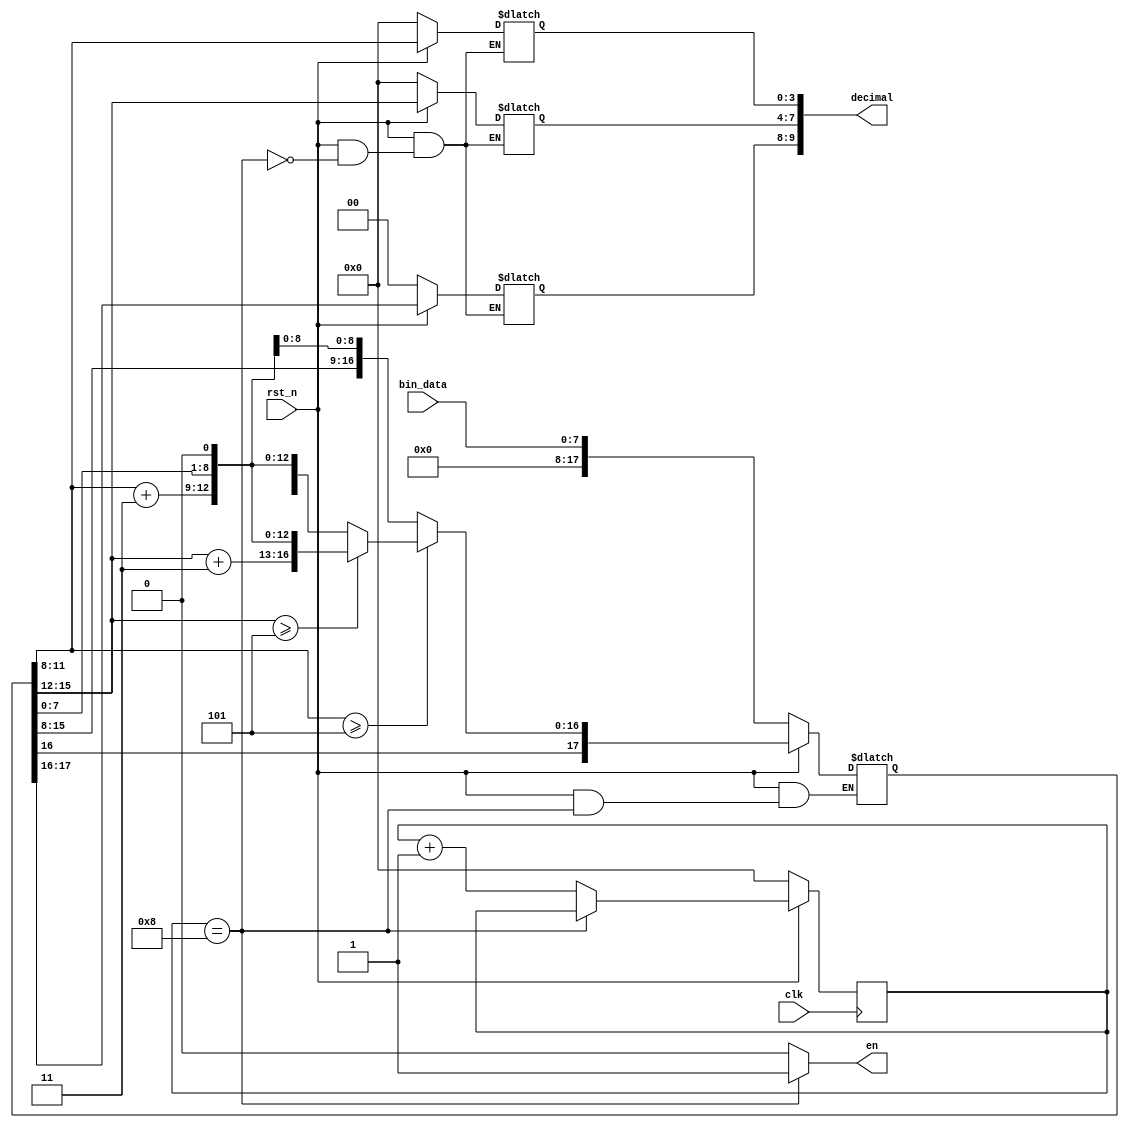
module B_to_D(
    input clk,
    input rst_n,
    input [7:0]bin_data,
    output [9:0]decimal,
    output en
);
//
reg [17:0] shift_reg;
//
reg [3:0] one_reg;
reg [3:0] ten_reg;
reg [1:0] hun_reg;
reg [3:0] count;
//
always @(posedge clk)begin
    if(~rst_n)begin
        count <= 0;
    end
    else if(count == 4'd8) begin
        count <= count;
    end
    else begin
        count <= count + 1'b1;
    end
end

always @(*)begin
    if(~rst_n)begin
        one_reg = 0;
        ten_reg = 0;
        hun_reg = 0;
        shift_reg = {10'b0,bin_data};
    end
    else if(count == 4'd8) begin
        one_reg = shift_reg[11:8];
        ten_reg = shift_reg[15:12];
        hun_reg = shift_reg[17:16];
    end
    else begin
        if(shift_reg[11:8] >= 5)begin
            shift_reg[11:8] = shift_reg[11:8] + 3'b11;
            if(shift_reg[15:12] >= 5)begin
                shift_reg[15:12] = shift_reg[15:12] + 3'b11;
                shift_reg = shift_reg << 1;
            end
            else begin
                shift_reg[15:12] = shift_reg[15:12];
                shift_reg = shift_reg << 1;
            end
        end
        else begin
            shift_reg[11:8] = shift_reg[11:8];
            shift_reg = shift_reg << 1;
        end
    end
end

assign decimal = {hun_reg,ten_reg,one_reg};
assign en = count == 4'd8 ? 1 : 0;


endmodule